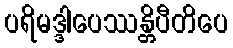
ပရိမဒ္ဒါပေဿန္တိပီတိပေ